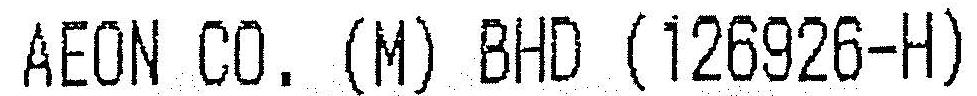
AEON CO. (M) BHD (126926-H)